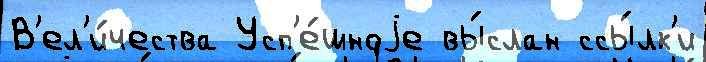
В'ел'и́чества Усп'е́шноjе вы́слан ссы́лк'и